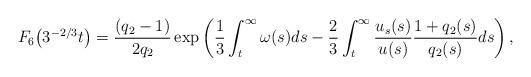
LaTeX: \begin{align*} F_{6}\big(3^{-2/3}t\big) = \frac{(q_2-1)}{2q_2} \exp\left(\frac{1}{3}\int_{t}^{\infty}\omega(s)ds -\frac{2}{3}\int_{t}^{\infty}\frac{u_s(s)}{u(s)}\frac{1+q_2(s)}{q_2(s)}ds\right), \end{align*}